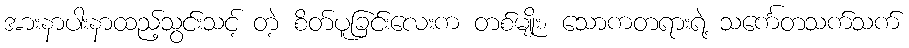
အားနာပါးနာထည့်သွင်းသင့် တဲ့ စိတ်ပူခြင်းလေးက တစ်မျိုး၊ သောကတရားရဲ့ သင်္ကေတသက်သက်